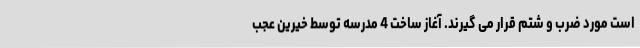
است مورد ضرب و شتم قرار می گیرند. آغاز ساخت 4 مدرسه توسط خیرین عجب